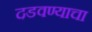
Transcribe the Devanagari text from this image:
दडवण्याचा